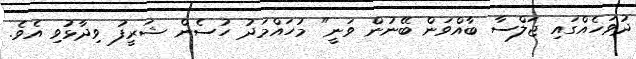
ދުވަހެއްގައި ޖަލްސާ ބާއްވަން ބޭނުން ވަނީ" މުހައްމަދު ހުސެން ޝަރީފު ވިދާޅުވި އެވެ.